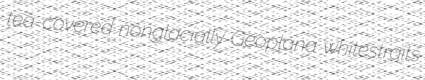
tea-covered nonglacially Geoplana whitestraits